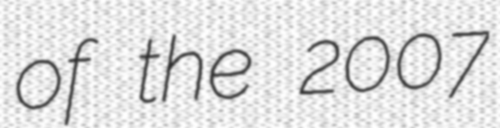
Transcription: of the 2007